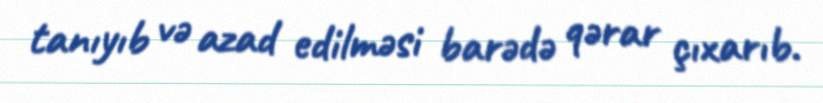
tanıyıb və azad edilməsi barədə qərar çıxarıb.